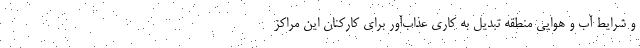
و شرایط آب و هوایی منطقه تبدیل به کاری عذاب‌آور برای کارکنان این مراکز